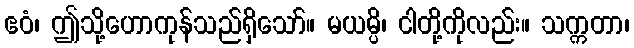
ဧဝံ၊ ဤသို့ဟောကုန်သည်ရှိသော်။ မယမ္ပိ၊ ငါတို့ကိုလည်း။ သက္ကတာ၊